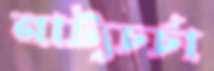
নাট্যচর্চা